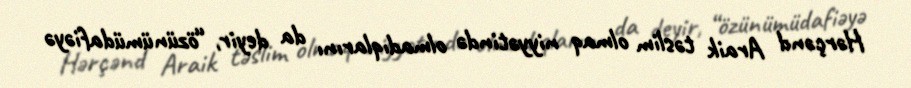
Hərçənd Araik təslim olmaq niyyətində olmadıqlarını da deyir, “özünümüdafiəyə